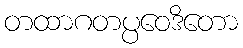
တထာဂတပ္ပဝေဒိတော